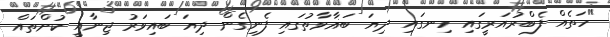
"ހަތެއް ފެބްރުއަރީގައި ހިނގައި ދިޔަ ބަޣާވާތުގައި ފެނިގެން ދިޔަ ބައިވަރު ޖިނާއީ ކުށްތައް